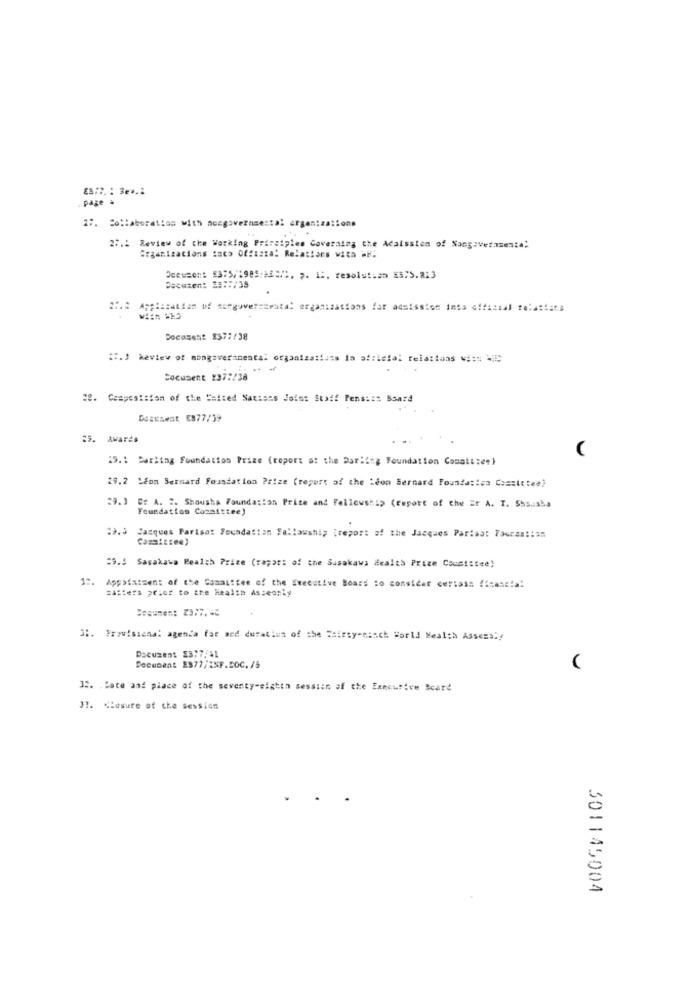
ES:7. : 3e *.:
page =
27. Collaboration with nongovernmental organizations
27.2 Review of the Working Principles Governing the Adaission of Nang:verasesta:
Organizations incs ofsista! Relations with AN.
Decusen: 8375, 1989:489/2, p. 12. resolution KB/S.2:3
Decuzen: 39:5/38
Docasent 3577/38
al relations
Socusent 237:/38
28. Composition of the Saited Nations Joint Staff Pensias Board
Doassest 8877/39
29. Awards
29.1 Darling Foundation Prize (report of the Darling Foundation Comatitee)
29.2 Seon Bernard Foundation Prize (report of the Léon Bernard Foundation Coastttea)
39.3
Foundation Committee)
BE A. ". Shousha Foundation Price and Fellcushi> (Feport of the Er A. T. Shs.iaba
13.5 Jacques Pariso: Foundation Fellowship (report of the Jacques Partes: 79Gram :: 35
=9.3 Sasakawa Health Prize (vapor: of the Sasakawa Health Prize Committee)
1.
Appointment of the Committee of the Executive Board lo consider certain financial
=afters prior to the Health Asseanty
3 :. Provisiena: agenda far med duration of the Hairsy-nunch World Health Assess !!
Document 53:7/41
Document ES77/2SF.DOC. /5
32. . Cate aaf place of the seventy-eighin session of the Executive Board
31. Closure of the session
301145004